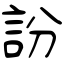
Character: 訜